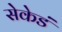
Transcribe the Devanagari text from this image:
सेकेडं